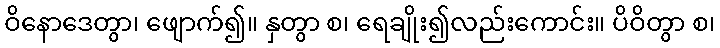
ဝိနောဒေတွာ၊ ဖျောက်၍။ နှတွာ စ၊ ရေချိုး၍လည်းကောင်း။ ပိဝိတွာ စ၊